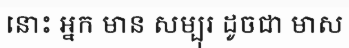
នោះ អ្នក មាន សម្បុរ ដូចជា មាស